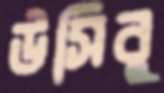
উসিবু